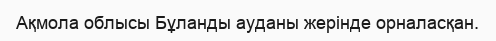
Ақмола облысы Бұланды ауданы жерінде орналасқан.